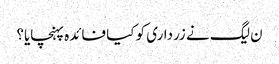
ن لیگ نے زرداری کو کیا فائدہ پہنچایا؟